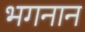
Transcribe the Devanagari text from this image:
भगनान